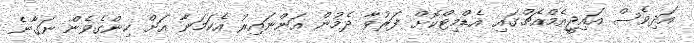
އަދިވެސް އައިޖީއެމްއެޗްގައި އެޑްމިޓްކޮށް ފަރުވާ ދެމުން އަންނައިރު އެކަމަނާ އަށް ހިންގެވެން ނަގާނެ